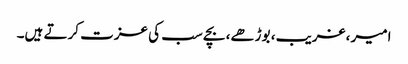
امیر ،غریب، بوڑھے، بچے سب کی عزت کرتے ہیں۔